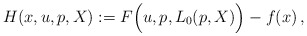
\begin{align*}H(x,u,p,X):=F\Big(u,p,L_0(p,X)\Big)-f(x)\,,\end{align*}